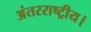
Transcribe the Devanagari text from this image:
अंतरराष्ट्रीय।